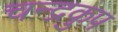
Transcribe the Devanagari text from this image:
चन्द्रकुप